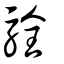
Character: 駩